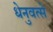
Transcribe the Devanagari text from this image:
धेनुवत्से